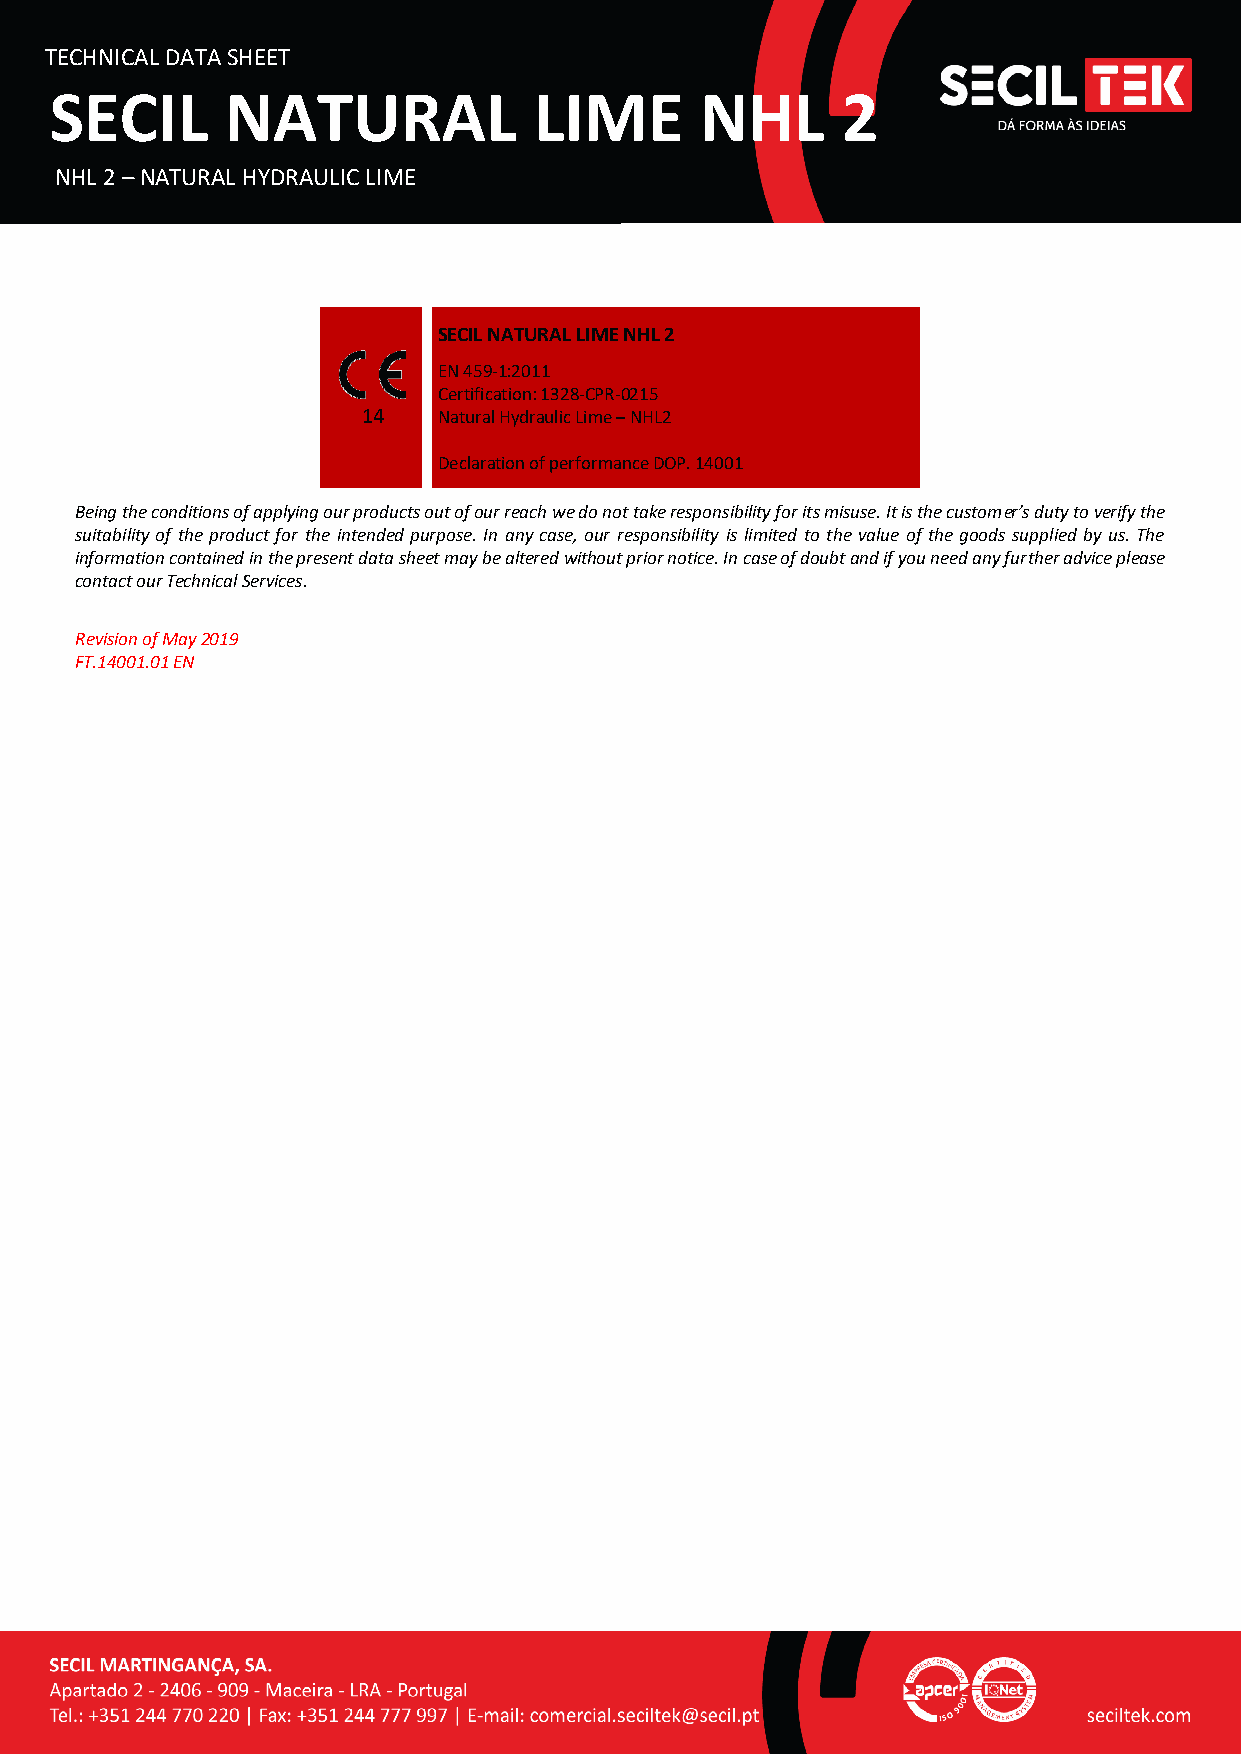
TECHNICAL DATA SHEET
 SECIL       NATURAL             LIME       NHL       2
 NHL 2 – NATURAL HYDRAULIC LIME
 SECIL NATURAL LIME NHL 2
 EN 459-1:2011
 Certification: 1328-CPR-0215
 14   Natural Hydraulic Lime – NHL2
 Declaration of performance DOP. 14001
 Being the conditions of applying our products out of our reach we do not take responsibility for its misuse. It is the customer’s duty to verify the
 suitability of the product for the intended purpose. In any case, our responsibility is limited to the value of the goods supplied by us. The
 information contained in the present data sheet may be altered without prior notice. In case of doubt and if you need any further advice please
 contact our Technical Services.
 Revision of May 2019
 FT.14001.01 EN